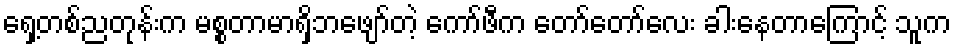
ရှေ့တစ်ညတုန်းက မစ္စတာမာရှိဘဖျော်တဲ့ ကော်ဖီက တော်တော်လေး ခါးနေတာကြောင့် သူက